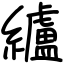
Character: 纑